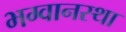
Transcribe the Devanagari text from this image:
भग्वानस्था